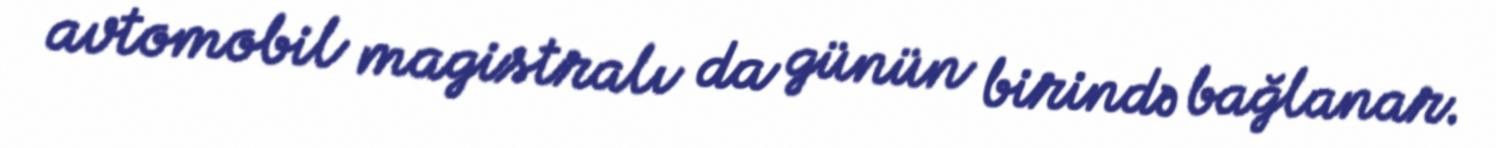
avtomobil magistralı da günün birində bağlanar.